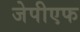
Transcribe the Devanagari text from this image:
जेपीएफ